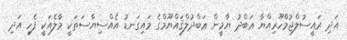
އަދި ރައީސުލްޖުމްހޫރިއްޔާ ޢަބްދު ޔާމީން ޢަބްދުލްޤައްޔޫމްގެ މައިގަނޑު އެއްސިޔާސަތަކީ މާލެއަކީ ފެހި އަދި